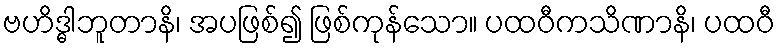
ဗဟိဒ္ဓါဘူတာနိ၊ အပဖြစ်၍ ဖြစ်ကုန်သော။ ပထဝီကသိဏာနိ၊ ပထဝီ